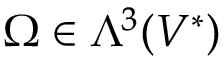
\Omega \in \Lambda ^ { 3 } ( V ^ { * } )